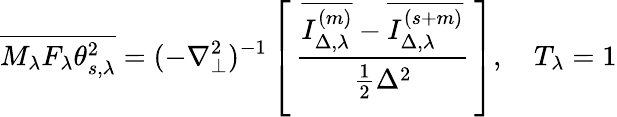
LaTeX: \overline{{M_{\lambda}F_{\lambda}\theta_{s,\lambda}^{2}}}=(-\nabla_{\perp}^{2})^{-1}\left[\, \frac{\overline{{I_{\Delta,\lambda}^{(m)}}}-\overline{{I_{\Delta,\lambda}^{(s+m)}}}}{\frac{1}{2}\Delta^{2}}\, \right],\quad T_{\lambda}=1